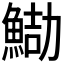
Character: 𩷻